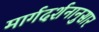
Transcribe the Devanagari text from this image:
मार्गदर्शनानुसार